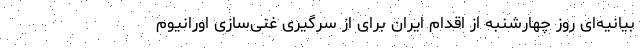
بیانیه‌ای روز چهارشنبه از اقدام ایران برای از سرگیری غنی‌سازی اورانیوم